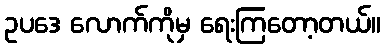
ဥပဒေ လောက်ကိုမှ ရေးကြတော့တယ်။